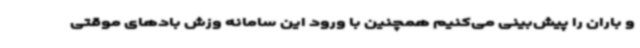
و باران را پیش‌بینی می‌کنیم همچنین با ورود این سامانه وزش بادهای موقتی